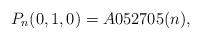
LaTeX: \begin{gather*} P_n(0,1,0) = A052705(n),\end{gather*}